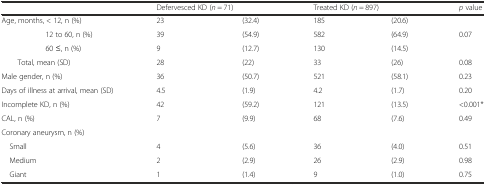
<table><thead><tr><td></td><td colspan="2"><b>Defervesced KD (<i>n</i> = 71)</b></td><td colspan="2"><b>Treated KD (<i>n</i> = 897)</b></td><td><b><i>p</i> value</b></td></tr></thead><tbody><tr><td>Age, months, &lt; 12, n (%)</td><td>23</td><td>(32.4)</td><td>185</td><td>(20.6)</td><td></td></tr><tr><td>12 to 60, n (%)</td><td>39</td><td>(54.9)</td><td>582</td><td>(64.9)</td><td>0.07</td></tr><tr><td>60 ≤, n (%)</td><td>9</td><td>(12.7)</td><td>130</td><td>(14.5)</td><td></td></tr><tr><td>Total, mean (SD)</td><td>28</td><td>(22)</td><td>33</td><td>(26)</td><td>0.08</td></tr><tr><td>Male gender, n (%)</td><td>36</td><td>(50.7)</td><td>521</td><td>(58.1)</td><td>0.23</td></tr><tr><td>Days of illness at arrival, mean (SD)</td><td>4.5</td><td>(1.9)</td><td>4.2</td><td>(1.7)</td><td>0.20</td></tr><tr><td>Incomplete KD, n (%)</td><td>42</td><td>(59.2)</td><td>121</td><td>(13.5)</td><td>&lt;0.001*</td></tr><tr><td>CAL, n (%)</td><td>7</td><td>(9.9)</td><td>68</td><td>(7.6)</td><td>0.49</td></tr><tr><td>Coronary aneurysm, n (%)</td><td></td><td></td><td></td><td></td><td></td></tr><tr><td> Small</td><td>4</td><td>(5.6)</td><td>36</td><td>(4.0)</td><td>0.51</td></tr><tr><td> Medium</td><td>2</td><td>(2.9)</td><td>26</td><td>(2.9)</td><td>0.98</td></tr><tr><td> Giant</td><td>1</td><td>(1.4)</td><td>9</td><td>(1.0)</td><td>0.75</td></tr></tbody></table>